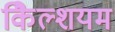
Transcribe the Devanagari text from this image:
कैिल्शयम